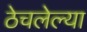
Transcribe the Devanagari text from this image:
ठेचलेल्या